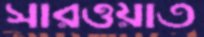
সারওয়াত